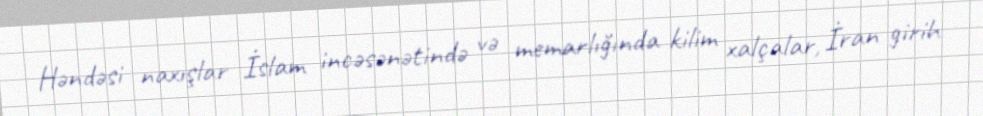
Həndəsi naxışlar İslam incəsənətində və memarlığında kilim xalçalar, İran girih